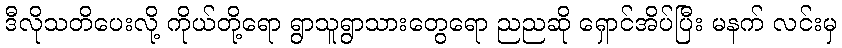
ဒီလိုသတိပေးလို့ ကိုယ်တို့ရော ရွာသူရွာသားတွေရော ညညဆို ရှောင်အိပ်ပြီး မနက် လင်းမှ